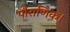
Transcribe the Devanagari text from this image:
पौराणिक।